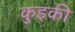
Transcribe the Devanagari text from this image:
कुइकी